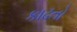
કાઢતો